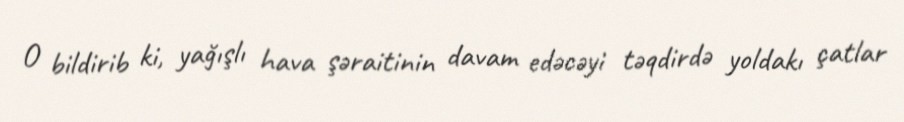
O bildirib ki, yağışlı hava şəraitinin davam edəcəyi təqdirdə yoldakı çatlar